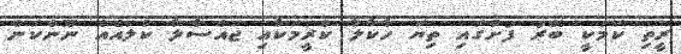
ރީތި ކަމަކީ ބޭރު ފުށުގައި ތިޔަ ހާކާލާ ކްރީމަކާއި ޖައްސާލާ ކުލައެއް ނޫންކަން